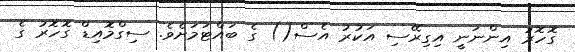
ގޮހޮރު އިންނަނީ އިގިރޭސި އަކުރު އެސް() ގެ ބައްޓަމަށެވެ. ސިގްމޮއިޑް ގޮހޮރު ގެ